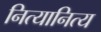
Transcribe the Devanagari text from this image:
नित्यानित्य